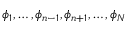
\phi _ { 1 } , \ldots , \phi _ { n - 1 } , \phi _ { n + 1 } , \ldots , \phi _ { N }